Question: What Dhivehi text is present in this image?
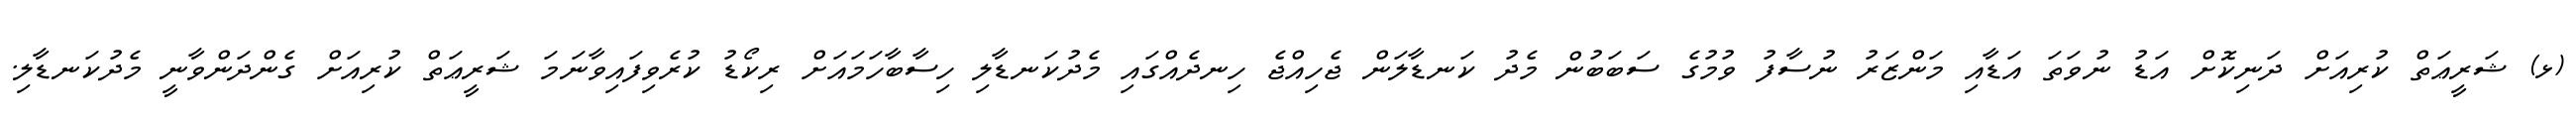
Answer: (ޅ) ޝަރީޢަތް ކުރިއަށް ދަނިކޮށް އަޑު ނުވަތަ އަޑާއި މަންޒަރު ނުސާފު ވުމުގެ ސަބަބުން މެދު ކަނޑާލަން ޖެހިއްޖެ ހިނދެއްގައި މެދުކަނޑާލި ހިސާބާހަމައަށް ރިކޯޑު ކުރެވިފައިވާނަމަ ޝަރީޢަތް ކުރިއަށް ގެންދަންވާނީ މެދުކަނޑާލި.